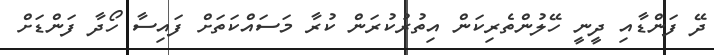
ދޭ ފަންޑާއި ދީނީ ހޭލުންތެރިކަން އިތުރުކުރަން ކުރާ މަސައްކަތަށް ފައިސާ ހޯދާ ފަންޑަށް